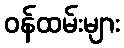
ဝန်ထမ်းများ